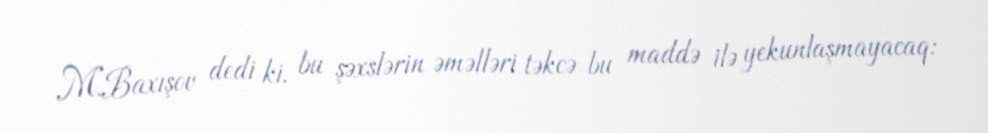
M.Baxışov dedi ki, bu şəxslərin əməlləri təkcə bu maddə ilə yekunlaşmayacaq: